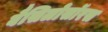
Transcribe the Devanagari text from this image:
बैसिलोसॉरस